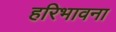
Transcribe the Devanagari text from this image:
हरिभावना